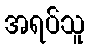
အရပ်သူ